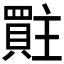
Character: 𮚜